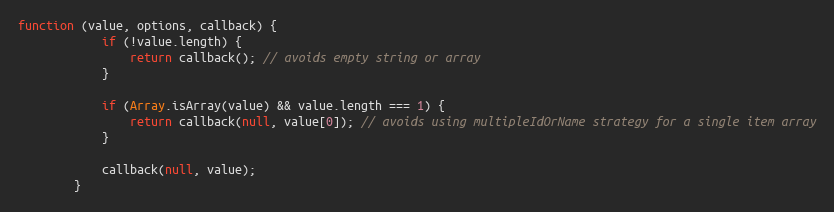
Language: JavaScript
function (value, options, callback) {
            if (!value.length) {
                return callback(); // avoids empty string or array
            }

            if (Array.isArray(value) && value.length === 1) {
                return callback(null, value[0]); // avoids using multipleIdOrName strategy for a single item array
            }

            callback(null, value);
        }